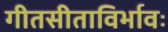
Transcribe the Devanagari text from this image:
गीतसीताविर्भावः